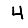
Digit: 4